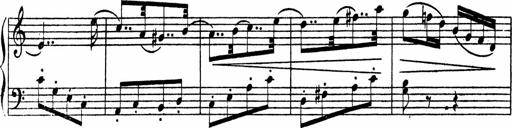
Title: Piano Sonata
Composer: Karl HÃ¤ssler
Key: C major